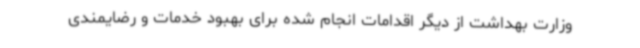
وزارت بهداشت از دیگر اقدامات انجام شده برای بهبود خدمات و رضایمندی